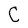
Character: C